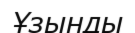
Ұзынды